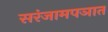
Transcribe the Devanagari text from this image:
सरंजामपञात